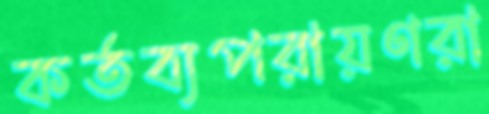
কর্তব্যপরায়ণরা